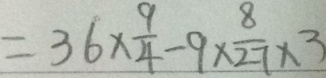
= 3 6 \times \frac { 9 } { 4 } - 9 \times \frac { 8 } { 2 7 } \times 3